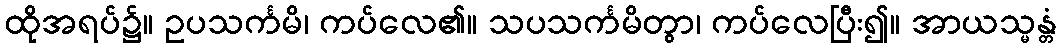
ထိုအရပ်၌။ ဥပသင်္ကမိ၊ ကပ်လေ၏။ သပသင်္ကမိတွာ၊ ကပ်လေပြီး၍။ အာယသ္မန္တံ